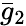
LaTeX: \bar{g}_{2}